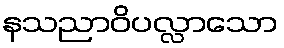
နသညာဝိပလ္လာသော